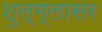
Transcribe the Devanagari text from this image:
शुल्‍ग्‍लासर